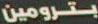
بترومين